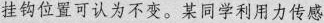
挂钩位置可认为不变。某同学利用力传感